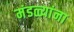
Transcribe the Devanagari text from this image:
मंडळ्यांना